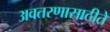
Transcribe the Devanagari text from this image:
अवतरणासाठीते